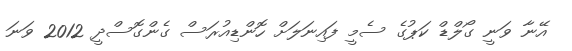
އޭނާ ވަނީ ގޯލްޑް ކަޕުގެ ސެމީ ފައިނަލަށް ހޮންޑިއުރަސް ގެންގޮސްދީ 2012 ވަނަ